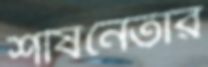
শীর্ষনেতার